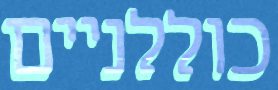
כוללניים